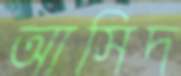
আসিদ